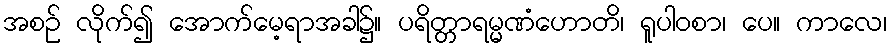
အစဉ် လိုက်၍ အောက်မေ့ရာအခါ၌။ ပရိတ္တာရမ္မဏံဟောတိ၊ ရူပါဝစာ၊ ပေ။ ကာလေ၊